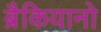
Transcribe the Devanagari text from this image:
ब्रैकियानो